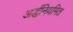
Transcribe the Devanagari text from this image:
अर्द्धनियमित